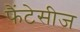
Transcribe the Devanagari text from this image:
फैंटेसीज